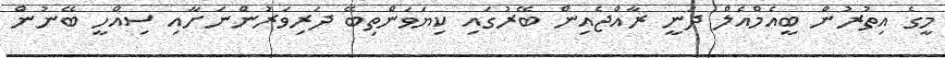
މީގެ އިތުރުން ބީއެމްއެލް ދަނީ ރާއްޖެއިން ބޭރުގައި ކިޔަވަންތިބޭ ދަރިވަރުންނަށާއި ސިއްހީ ބޭނުން